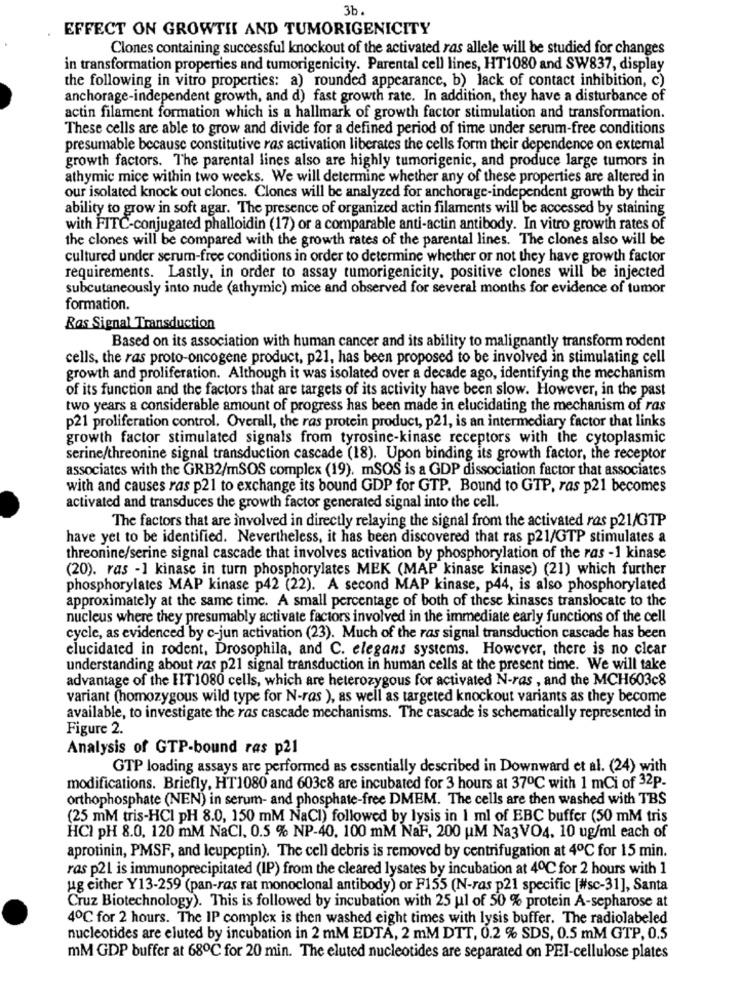
3b.
EFFECT ON GROWTH AND TUMORIGENICITY
Clones containing successful knockout of the activated ras allele will be studied for changes
in transformation properties and tumorigenicity. Parental cell lines, HT1080 and SW837, display
the following in vitro properties: a) rounded appearance, b) lack of contact inhibition, c)
anchorage-independent growth, and d) fast growth rate. In addition, they have a disturbance of
actin filament formation which is a hallmark of growth factor stimulation and transformation.
These cells are able to grow and divide for a defined period of time under serum-free conditions
presumable because constitutive ras activation liberates the cells form their dependence on external
growth factors. The parental lines also are highly tumorigenic, and produce large tumors in
athymic mice within two weeks. We will determine whether any of these properties are altered in
our isolated knock out clones. Clones will be analyzed for anchorage-independent growth by their
ability to grow in soft agar. The presence of organized actin filaments will be accessed by staining
with FITC-conjugated phalloidin (17) or a comparable anti-actin antibody. In vitro growth rates of
the clones will be compared with the growth rates of the parental lines. The clones also will be
cultured under serum-free conditions in order to determine whether or not they have growth factor
requirements. Lastly, in order to assay tumorigenicity, positive clones will be injected
subcutaneously into nude (athymic) mice and observed for several months for evidence of tumor
formation.
Ras Signal Transduction
Based on its association with human cancer and its ability to malignantly transform rodent
cells, the ras proto-oncogene product, p21, has been proposed to be involved in stimulating cell
growth and proliferation. Although it was isolated over a decade ago, identifying the mechanism
of its function and the factors that are targets of its activity have been slow. However, in the past
two years a considerable amount of progress has been made in elucidating the mechanism of ras
p21 proliferation control. Overall, the ras protein product, p21, is an intermediary factor that links
growth factor stimulated signals from tyrosine-kinase receptors with the cytoplasmic
serine/threonine signal transduction cascade (18). Upon binding its growth factor, the receptor
associates with the GRB2/mSOS complex (19). mSOS is a GDP dissociation factor that associates
with and causes ras p21 to exchange its bound GDP for GTP. Bound to GTP, ras p21 becomes
activated and transduces the growth factor generated signal into the cell.
The factors that are involved in directly relaying the signal from the activated ras p21/GTP
have yet to be identified. Nevertheless, it has been discovered that ras p21/GTP stimulates a
threonine/serine signal cascade that involves activation by phosphorylation of the ras -1 kinase
(20). ras -1 kinase in turn phosphorylates MEK (MAP kinase kinase) (21) which further
phosphorylates MAP kinase p42 (22). A second MAP kinase, p44, is also phosphorylated
approximately at the same time. A small percentage of both of these kinases translocate to the
nucleus where they presumably activate factors involved in the immediate early functions of the cell
cycle, as evidenced by c-jun activation (23). Much of the ras signal transduction cascade has been
elucidated in rodent, Drosophila, and C. elegans systems. However, there is no clear
understanding about ras p21 signal transduction in human cells at the present time. We will take
advantage of the HIT1080 cells, which are heterozygous for activated N-ras , and the MCH603c8
variant (homozygous wild type for N-ras ), as well as targeted knockout variants as they become
available, to investigate the ras cascade mechanisms. The cascade is schematically represented in
Figure 2.
Analysis of GTP-bound ras p21
GTP loading assays are performed as essentially described in Downward et al. (24) with
modifications. Briefly, HT1080 and 603c8 are incubated for 3 hours at 37℃ with 1 mCi of 32P-
orthophosphate (NEN) in serum- and phosphate-free DMEM. The cells are then washed with TBS
(25 mM tris-HCI pH 8.0, 150 mM NaCl) followed by lysis in 1 ml of EBC buffer (50 mM tris
HCI pH 8.0, 120 mM NaCl, 0.5 % NP-40, 100 mM NaF. 200 UM Na3VO4. 10 ug/ml each of
aprotinin, PMSF, and leupeptin). The cell debris is removed by centrifugation at 4℃ for 15 min.
ras p21 is immunoprecipitated (IP) from the cleared lysates by incubation at 4℃ for 2 hours with 1
ug either Y13-259 (pan-ras rat monoclonal antibody) or F155 (N-ras p21 specific [#sc-31], Santa
Cruz Biotechnology). This is followed by incubation with 25 ul of 50 % protein A-sepharose at
4℃ for 2 hours. The IP complex is then washed eight times with lysis buffer. The radiolabeled
nucleotides are eluted by incubation in 2 mM EDTA, 2 mM DTT, 0.2 % SDS, 0.5 mM GTP, 0.5
mM GDP buffer at 68℃ for 20 min. The eluted nucleotides are separated on PEI-cellulose plates